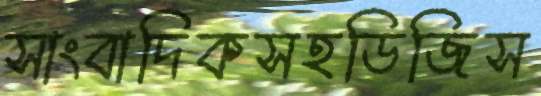
সাংবাদিকসহডিজিস